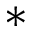
*